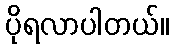
ပိုရလာပါတယ်။